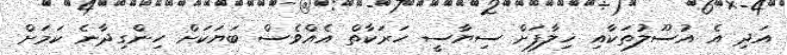
އަދި އެ އުސޫލުތަކާއި ޚިލާފަށް ސިޔާސީ ހަރަކާތް އެއްވެސް ބަޔަކަށް ހިންގިދާނެ ކަމަށް